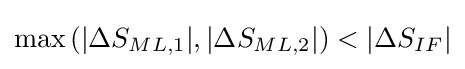
{\text{max}}\left(\left|\Delta S_{ML,1}|,|\Delta S_{ML,2}\right|\right)<|\Delta S_{IF}|